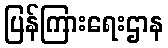
ပြန်ကြားရေးဌာန